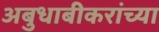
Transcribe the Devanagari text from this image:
अबुधाबीकरांच्या